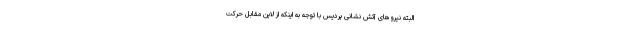
البته نیروهای آتش نشانی پردیس با توجه به اینکه از لاین مقابل حرکت